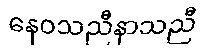
နေဝသညီနာသညီ